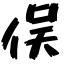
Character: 俣